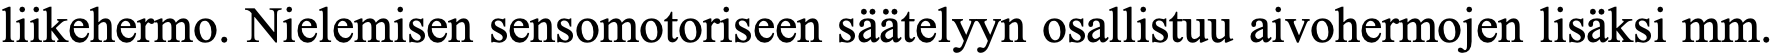
liikehermo. Nielemisen sensomotoriseen säätelyyn osallistuu aivohermojen lisäksi mm.